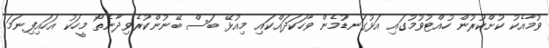
ވުމާއެކު ކުށްކުރުން ހުއްޓުވުމުގައި އަޅުގަނޑުމެން ވާހަކަދައްކައި މިއުޅޭ ބަސް ބޭނުންކުރެވިދާނެތޯ މީހަކު އަހައިފިނަމަ